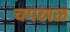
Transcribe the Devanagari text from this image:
चपखळ